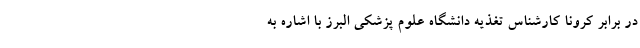
در برابر کرونا کارشناس تغذیه دانشگاه علوم پزشکی البرز با اشاره به